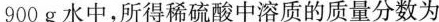
900g水中，所得稀硫酸中溶质的质量分数为